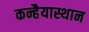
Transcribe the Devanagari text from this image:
कन्हैयास्थान